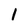
Character: 1